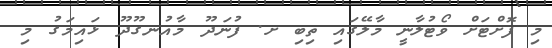
މި ފޮށްޓަށް ވޯޓުލާނީ މާލޭގައި ތިބި ށ. ފުނަދޫ މާއުނގޫދޫ ޅައިމަގު މި